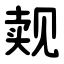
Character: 觌